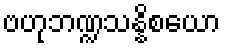
ဗဟုဘဏ္ဍသန္နိစယော